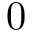
0